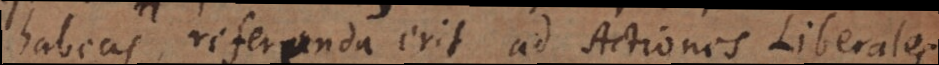
habeas, referenda erit ad Actiones Liberales,